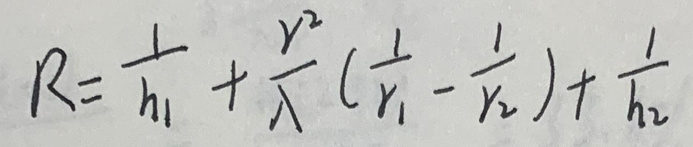
\[
R = \frac{1}{h_1}+\frac{\gamma^2}{\lambda}\left(\frac{1}{r_1}-\frac{1}{r_2}\right)+\frac{1}{h_2}
\]